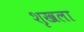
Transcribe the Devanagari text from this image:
शृखला